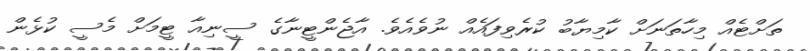
ތަށްޓެއް މިހާތަނަށް ކާމިޔާބު ކުރެވިފައެއް ނުވެއެވެ. އާޖެންޓީނާގެ ސީނިއާ ޓީމަށް މެސީ ކުޅެން